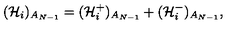
( \mathcal { H } _ { i } ) _ { A _ { N - 1 } } = ( \mathcal { H } _ { i } ^ { + } ) _ { A _ { N - 1 } } + ( \mathcal { H } _ { i } ^ { - } ) _ { A _ { N - 1 } } ,